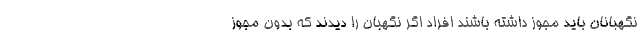
نگهبانان باید مجوز داشته باشند افراد اگر نگهبان را دیدند که بدون مجوز